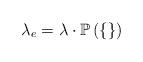
LaTeX: \begin{align*} \lambda_e = \lambda\cdot\mathbb{P}\left(\{\}\right)\end{align*}